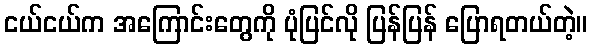
ငယ်ငယ်က အကြောင်းတွေကို ပုံပြင်လို ပြန်ပြန် ပြောရတယ်တဲ့။